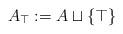
LaTeX: \begin{align*}A_\top := A \sqcup \{\top\}\end{align*}